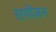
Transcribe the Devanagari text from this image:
सयोंजन